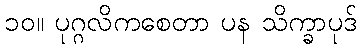
၁၀။ ပုဂ္ဂလိကစေတာ ပန သိက္ခာပုဒ်